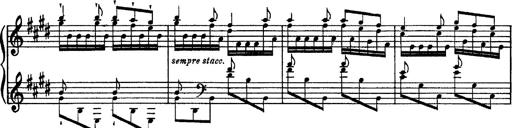
Title: Tarantelle di bravura dâ€™aprÃ¨s la tarantelle de La muette de Portici
Composer: Franz Liszt